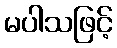
မပါသဖြင့်